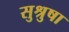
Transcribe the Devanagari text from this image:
सुश्रुषा